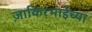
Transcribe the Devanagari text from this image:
ज़ाकिरभाईंच्या